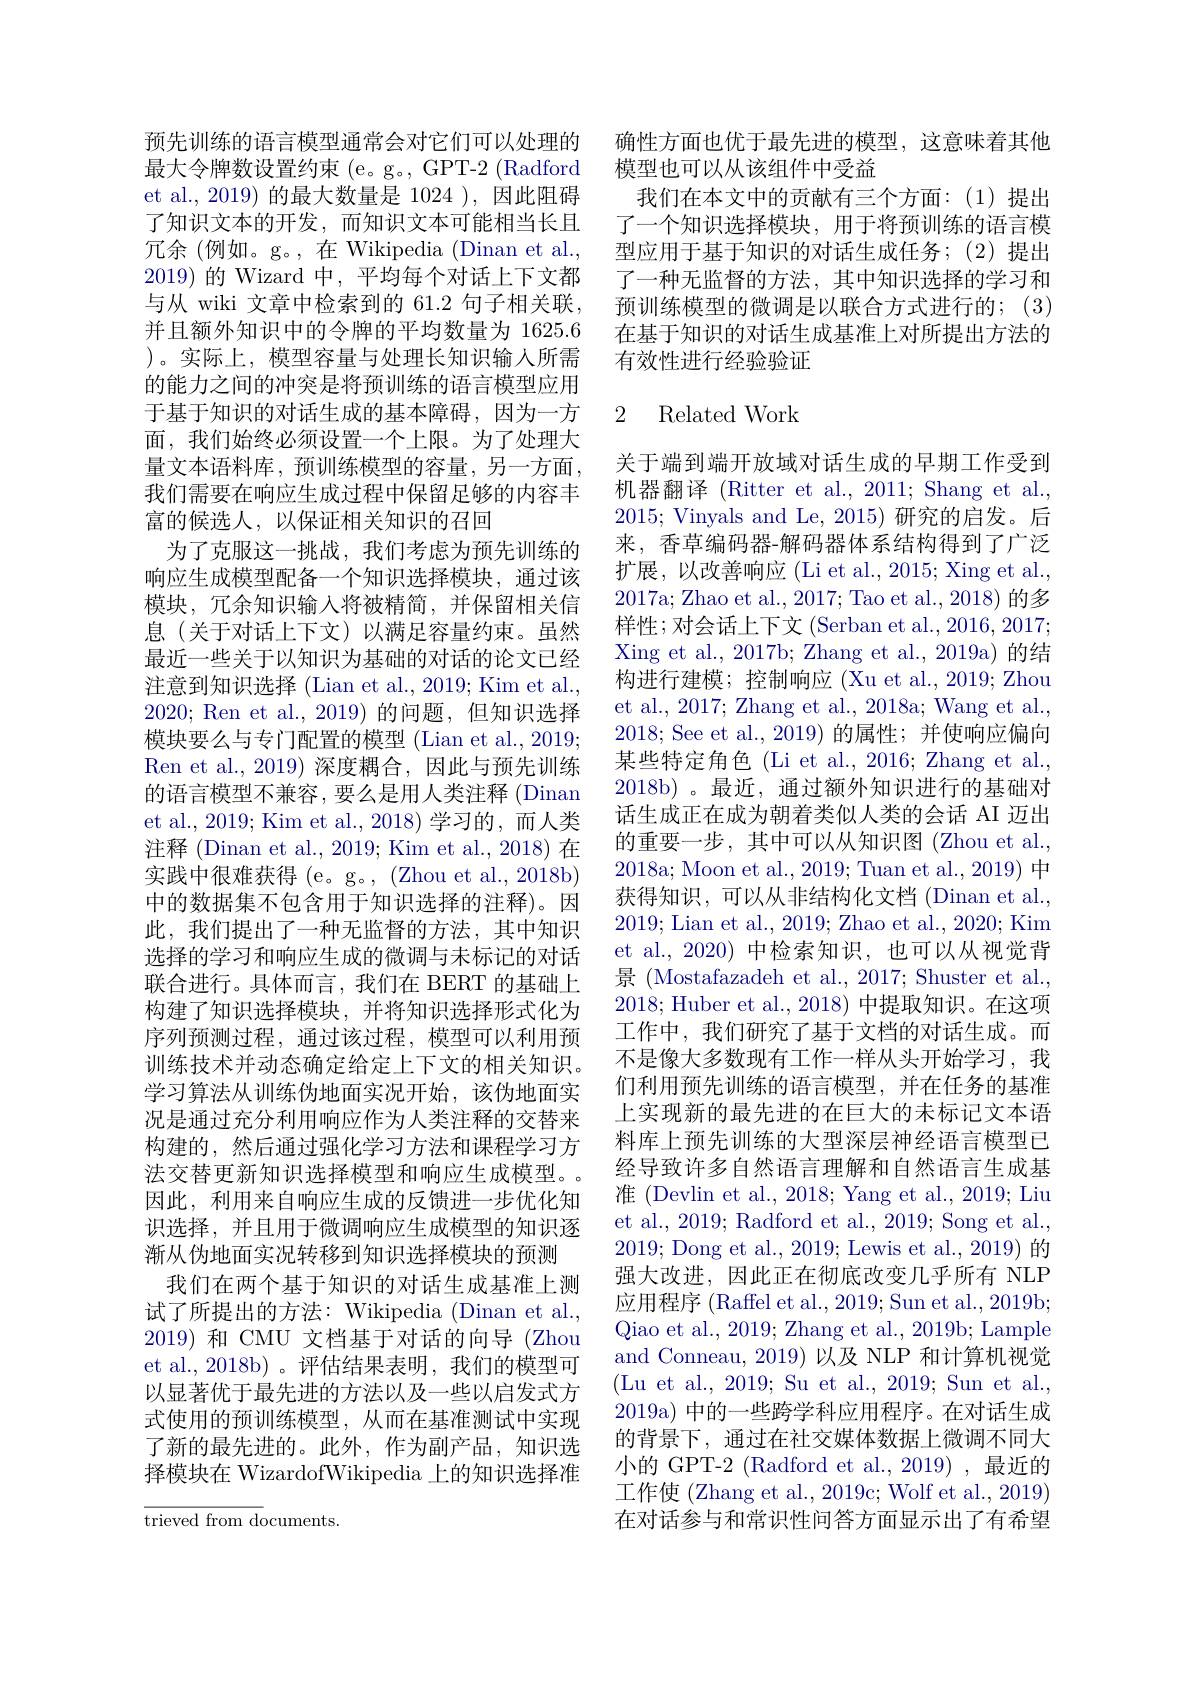
预先训练的语言模型通常会对它们可以处理的最大令牌数设置约束 (e。g。, GPT-2 (Radford et al.,2019) 的最大数量是 1024 ),因此阻碍了知识文本的开发，而知识文本可能相当长且冗余 (例如。g。,在 Wikipedia (Dinan et al., 2019)的 Wizard 中，平均每个对话上下文都与从 wiki 文章中检索到的 61.2 句子相关联， 并且额外知识中的令牌的平均数量为 1625.6 )。实际上，模型容量与处理长知识输入所需的能力之间的冲突是将预训练的语言模型应用于基于知识的对话生成的基本障碍，因为一方面，我们始终必须设置一个上限。为了处理大量文本语料库，预训练模型的容量，另一方面， 我们需要在响应生成过程中保留足够的内容丰富的候选人，以保证相关知识的召回
为了克服这一挑战，我们考虑为预先训练的响应生成模型配备一个知识选择模块，通过该模块，冗余知识输入将被精简，并保留相关信息(关于对话上下文)以满足容量约束。虽然最近一些关于以知识为基础的对话的论文已经注意到知识选择 (Lian et al., 2019; Kim et al., 2020; Ren et al., 2019)的问题，但知识选择模块要么与专门配置的模型 (Lian et al., 2019; Ren et al.,2019) 深度耦合，因此与预先训练的语言模型不兼容，要么是用人类注释 (Dinan et al., 2019; Kim et al., 2018) 学习的，而人类注释 (Dinan et al., 2019; Kim et al., 2018) 在实践中很难获得 (e。g。, (Zhou et al., 2018b) 中的数据集不包含用于知识选择的注释)。因此，我们提出了一种无监督的方法，其中知识选择的学习和响应生成的微调与未标记的对话联合进行。具体而言，我们在 BERT 的基础上构建了知识选择模块，并将知识选择形式化为序列预测过程，通过该过程，模型可以利用预训练技术并动态确定给定上下文的相关知识。学习算法从训练伪地面实况开始，该伪地面实况是通过充分利用响应作为人类注释的交替来构建的，然后通过强化学习方法和课程学习方法交替更新知识选择模型和响应生成模型。因此，利用来自响应生成的反馈进一步优化知识选择，并且用于微调响应生成模型的知识逐渐从伪地面实况转移到知识选择模块的预测
我们在两个基于知识的对话生成基准上测试了所提出的方法：Wikipedia (Dinan et al., 2019) 和 CMU 文档基于对话的向导 (Zhou et al.,2018b)。评估结果表明，我们的模型可以显著优于最先进的方法以及一些以启发式方式使用的预训练模型，从而在基准测试中实现了新的最先进的。此外，作为副产品，知识选择模块在 WizardofWikipedia 上的知识选择准${\overline{{\text{trieved from do}}}}$cuments.

确性方面也优于最先进的模型，这意味着其他
模型也可以从该组件中受益
我们在本文中的贡献有三个方面：(1)提出了一个知识选择模块，用于将预训练的语言模型应用于基于知识的对话生成任务；(2)提出了一种无监督的方法，其中知识选择的学习和预训练模型的微调是以联合方式进行的；(3) 在基于知识的对话生成基准上对所提出方法的有效性进行经验验证

## 2 Related Work

关于端到端开放域对话生成的早期工作受到机器翻译 (Ritter et al., 2011; Shang et al., 2015; Vinyals and Le, 2015) 研究的启发。后来，香草编码器-解码器体系结构得到了广泛扩展，以改善响应 (Li et al., 2015; Xing et al., 2017a; Zhao et al., 2017; Tao et al., 2018) 的多样性；对会话上下文 (Serban et al., 2016, 2017; Xing et al., 2017b; Zhang et al., 2019a) 的结构进行建模；控制响应(Xu et al., 2019; Zhou et al., 2017; Zhang et al., 2018a; Wang et al., 2018; See et al., 2019) 的属性；并使响应偏向某些特定角色 (Li et al., 2016; Zhang et al., 2018b)。最近，通过额外知识进行的基础对话生成正在成为朝着类似人类的会话 AI 迈出的重要一步，其中可以从知识图(Zhou et al., 2018a; Moon et al., 2019; Tuan et al., 2019) 中获得知识，可以从非结构化文档 (Dinan et al., 2019; Lian et al., 2019; Zhao et al., 2020; Kim et al., 2020) 中检索知识，也可以从视觉背景 (Mostafazadeh et al., 2017; Shuster et al., 2018; Huber et al., 2018) 中提取知识。在这项工作中，我们研究了基于文档的对话生成。而不是像大多数现有工作一样从头开始学习，我们利用预先训练的语言模型，并在任务的基准上实现新的最先进的在巨大的未标记文本语料库上预先训练的大型深层神经语言模型已经导致许多自然语言理解和自然语言生成基准 (Devlin et al., 2018; Yang et al., 2019; Liu et al., 2019; Radford et al., 2019; Song et al., 2019; Dong et al., 2019; Lewis et al., 2019) 的强大改进，因此正在彻底改变几乎所有 NLP 应用程序 (Raffel et al., 2019; Sun et al., 2019b; Qiao et al., 2019; Zhang et al., 2019b; Lample and Conneau, 2019) 以及 NLP 和计算机视觉(Lu et al., 2019; Su et al., 2019; Sun et al., 2019a) 中的一些跨学科应用程序。在对话生成的背景下，通过在社交媒体数据上微调不同大小的 GPT-2 (Radford et al., 2019) ,最近的工作使 (Zhang et al., 2019c; Wolf et al., 2019) 在对话参与和常识性问答方面显示出了有希望